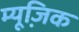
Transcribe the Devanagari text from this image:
म्‍यूजि़क